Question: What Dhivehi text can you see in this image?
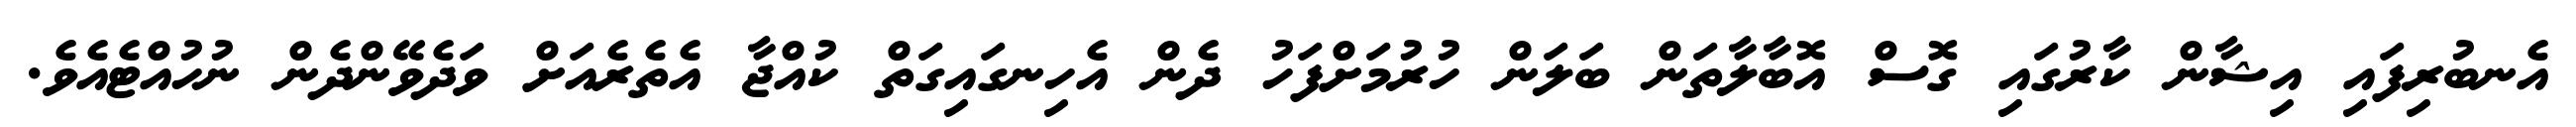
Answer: އެނބުރިފައި އިޝާން ކާރުގައި ގޮސް އޮބާލާތަން ބަލަން ހުރުމަށްފަހު ދެން އެހިނގައިގަތް ކުއްޖާ އެތެރެއަށް ވަދެވޭންދެން ނުހުއްޓެއެވެ.